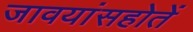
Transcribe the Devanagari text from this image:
जावयांसहोतें